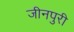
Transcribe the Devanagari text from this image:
जीनपुरी